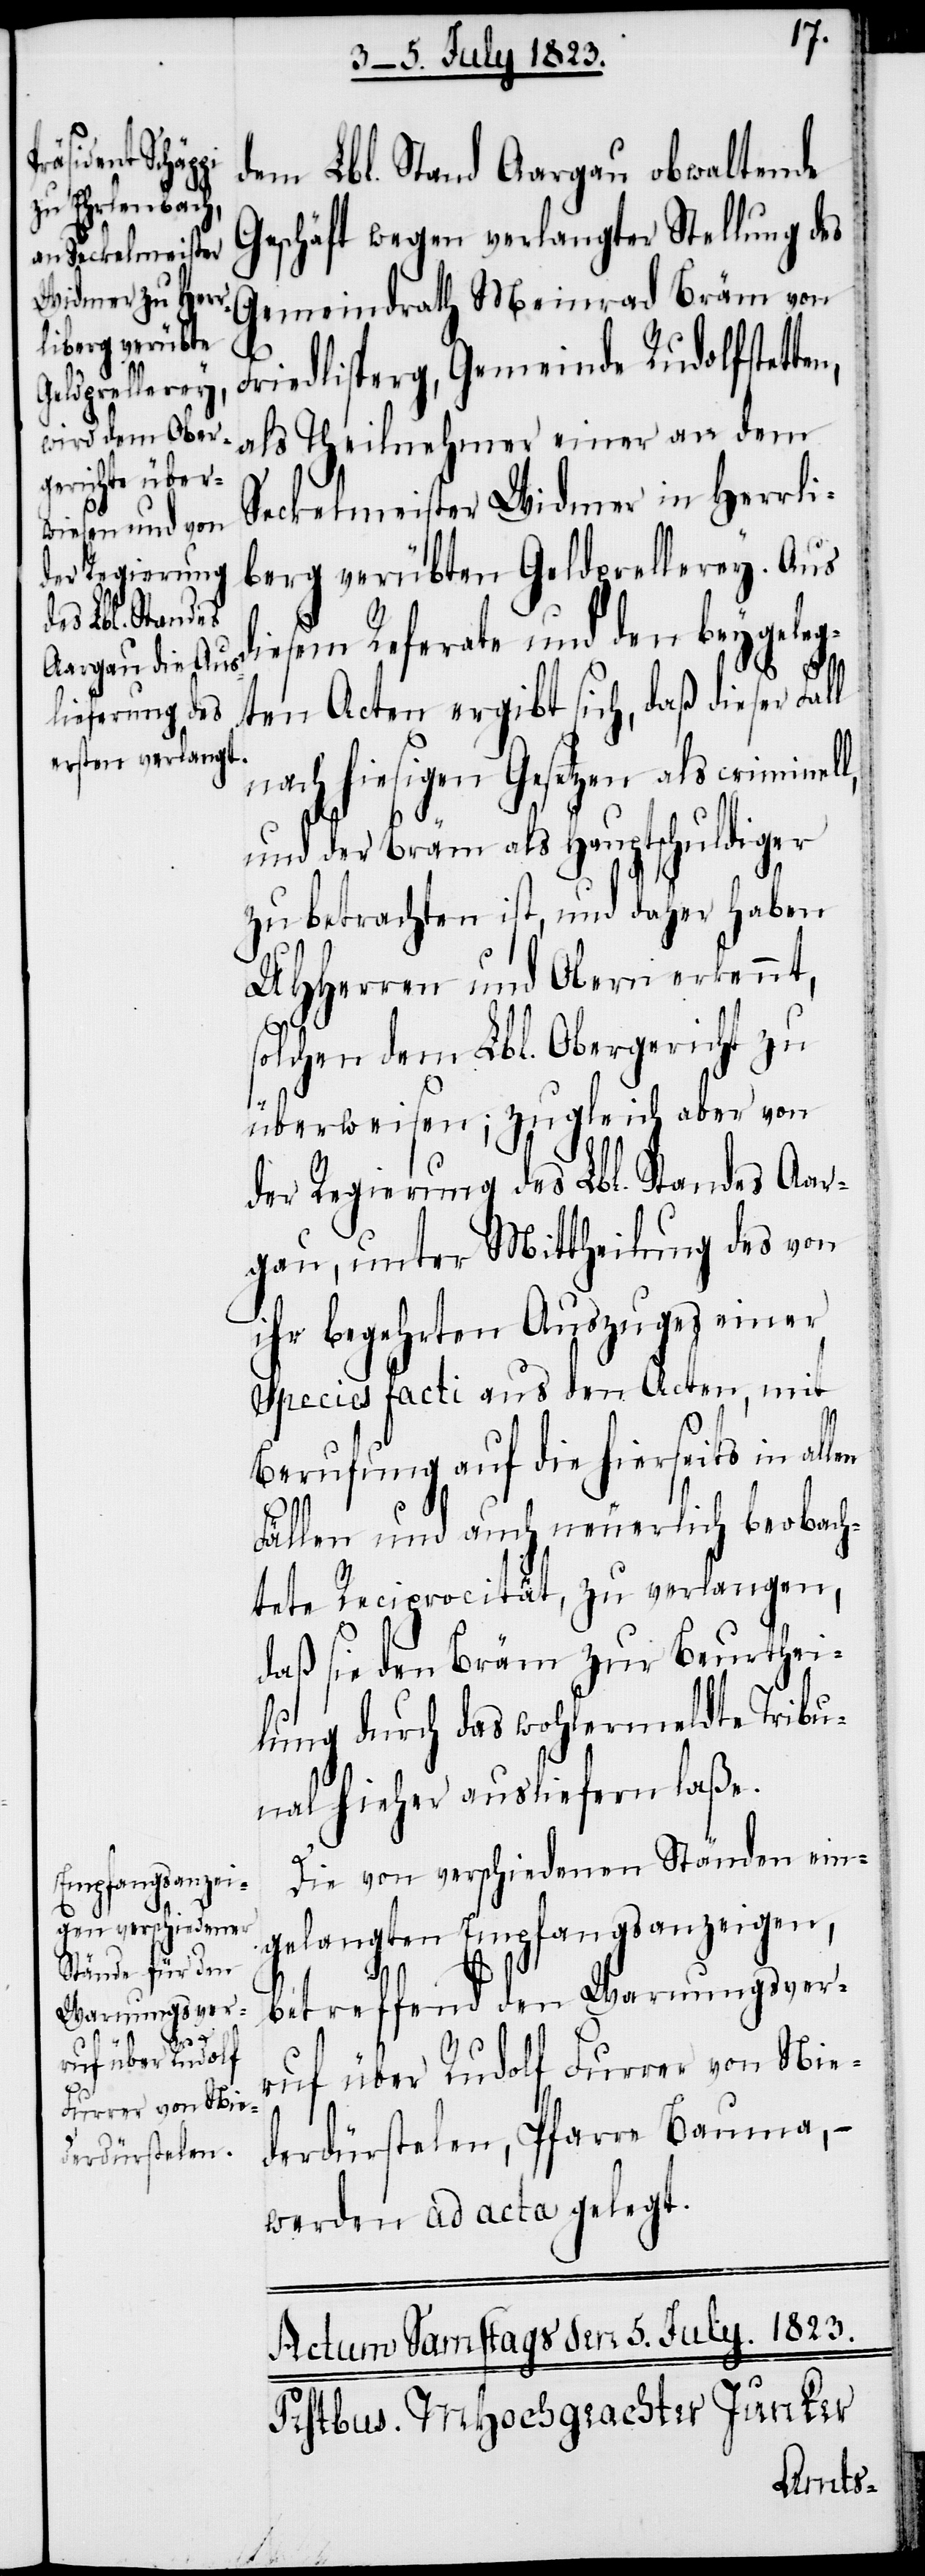
en

dem Lbl. Stand Aargau obwaltende
Geschäft wegen verlangter Stellung des
Gemeindrath Meinrad Bräm von
Friedlisperg, Gemeinde Rudolfstette¬
als Theilnehmer einer an dem
Seckelmeister Widmer in Herrli¬
berg verübten Geldprellerey. Aus
diesem Referate und den beygeleg¬
ten Acten ergibt sich, daß dieser Fall
nach hiesigen Gesetzen als criminel¬
und der Bräm als Hauptschuldiger
zu betrachten ist, und daher haben
UHHerren und Obern erkennt,
l,
solchen dem Lbl. Obergericht zu
überweisen; zugleich aber von
der Regierung des Lbl. Standes Aar¬
gau, unter Mittheilung des von
ihr begehrten Auszuges einer
Species facti aus den Acten, mit
Berufung auf die hierseits in all¬
Fällen und auch neuerlich beobach¬
tete Reciprocität, zu verlangen,
daß sie den Bräm zur Beurthei¬
lung durch das wohlermeldte Tribu¬
nal hieher ausliefern laße.
Die von verschiedenen Ständen ein¬
gelangten Empfangsanzeigen,
betreffend den Warnungsver¬
ruf über Rudolf Furrer von Nie¬
derdürstelen, Pfarre Bauma, −
werden ad acta gelegt.